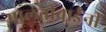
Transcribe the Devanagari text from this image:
मालतीबाईंनी